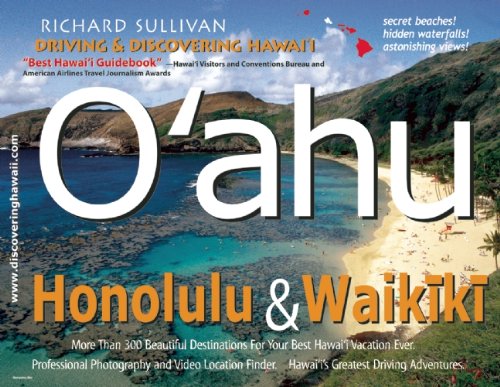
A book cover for Driving and Discovering Hawaii: Oahu, Honolulu, and Waikiki; Travel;